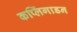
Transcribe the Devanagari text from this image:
कप्लिंगाडन